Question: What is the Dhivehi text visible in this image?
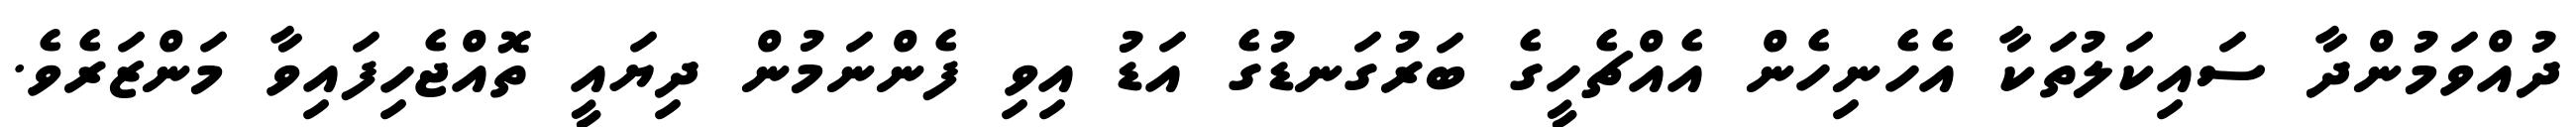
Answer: ދުއްވަމުންދާ ސައިކަލުތަކާ އެހެނިހެން އެއްޗެހީގެ ބަރުގަނޑުގެ އަޑު އިވި ފެންނަމުން ދިޔައީ ތޮއްޖެހިފައިވާ މަންޒަރެވެ.